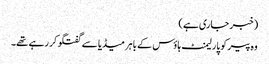
(خبر جاری ہے)
وہ پیر کو پارلیمنٹ ہاؤس کے باہر میڈیا سے گفتگو کر رہے تھے۔